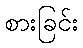
စားခြင်း